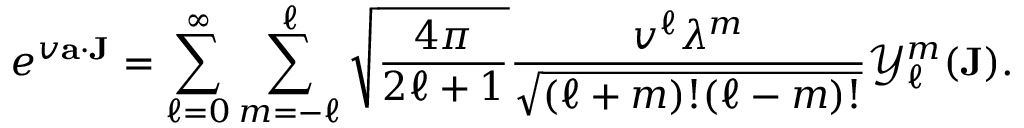
e ^ { v { \mathbf { a } } \cdot { \mathbf { J } } } = \sum _ { \ell = 0 } ^ { \infty } \sum _ { m = - \ell } ^ { \ell } { \sqrt { \frac { 4 \pi } { 2 \ell + 1 } } } { \frac { v ^ { \ell } { \lambda ^ { m } } } { \sqrt { ( \ell + m ) ! ( \ell - m ) ! } } } { \mathcal { Y } } _ { \ell } ^ { m } ( { \mathbf { J } } ) .